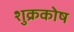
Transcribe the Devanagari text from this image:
शुक्रकोष